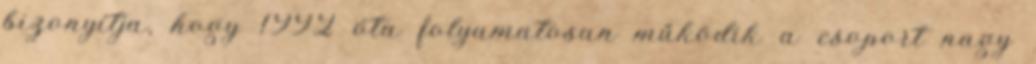
bizonyítja, hogy 1992 óta folyamatosan működik a csoport nagy